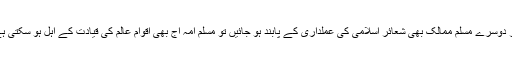
اگر دوسرے مسلم ممالک بھی شعائر اسلامی کی عملداری کے پابند ہو جائیں تو مسلم امہ آج بھی اقوام عالم کی قیادت کے اہل ہو سکتی ہے۔